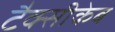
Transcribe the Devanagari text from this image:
टैक्सीकेब